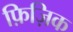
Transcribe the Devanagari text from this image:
फ़िज़िक